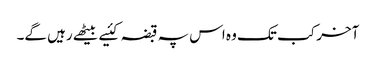
آخر کب تک وہ اس پہ قبضہ کئیے بیٹھے رہیں گے۔